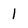
Character: 1